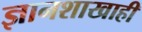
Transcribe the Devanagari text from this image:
ज्ञानशाखाही